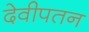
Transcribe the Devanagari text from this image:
देवीपतन